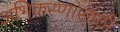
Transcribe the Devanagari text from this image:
अभिकरणांसाठी